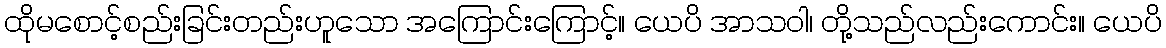
ထိုမစောင့်စည်းခြင်းတည်းဟူသော အကြောင်းကြောင့်။ ယေပိ အာသဝါ၊ တို့သည်လည်းကောင်း။ ယေပိ